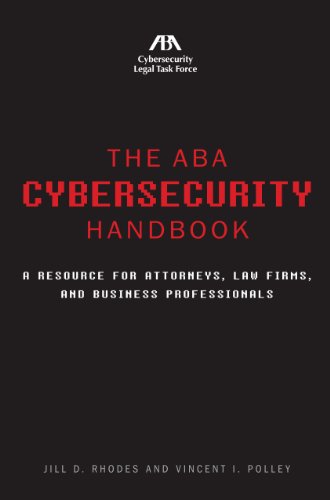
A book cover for The ABA Cybersecurity Handbook: A Resource for Attorneys, Law Firms, and Business Professionals; Jill D. Rhodes; Computers & Technology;